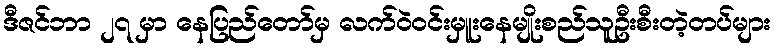
ဒီဇင်ဘာ ၂၇ မှာ နေပြည်တော်မှ လက်ဝဲ၀င်းမှူးနေမျိုးစည်သူဦးစီးတဲ့တပ်များ